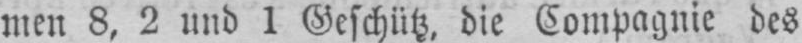
men 8, 2 und 1 Geschütz, die Compagnie des